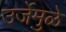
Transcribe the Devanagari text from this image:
उर्जेमुळे